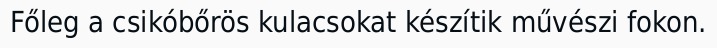
Főleg a csikóbőrös kulacsokat készítik művészi fokon.